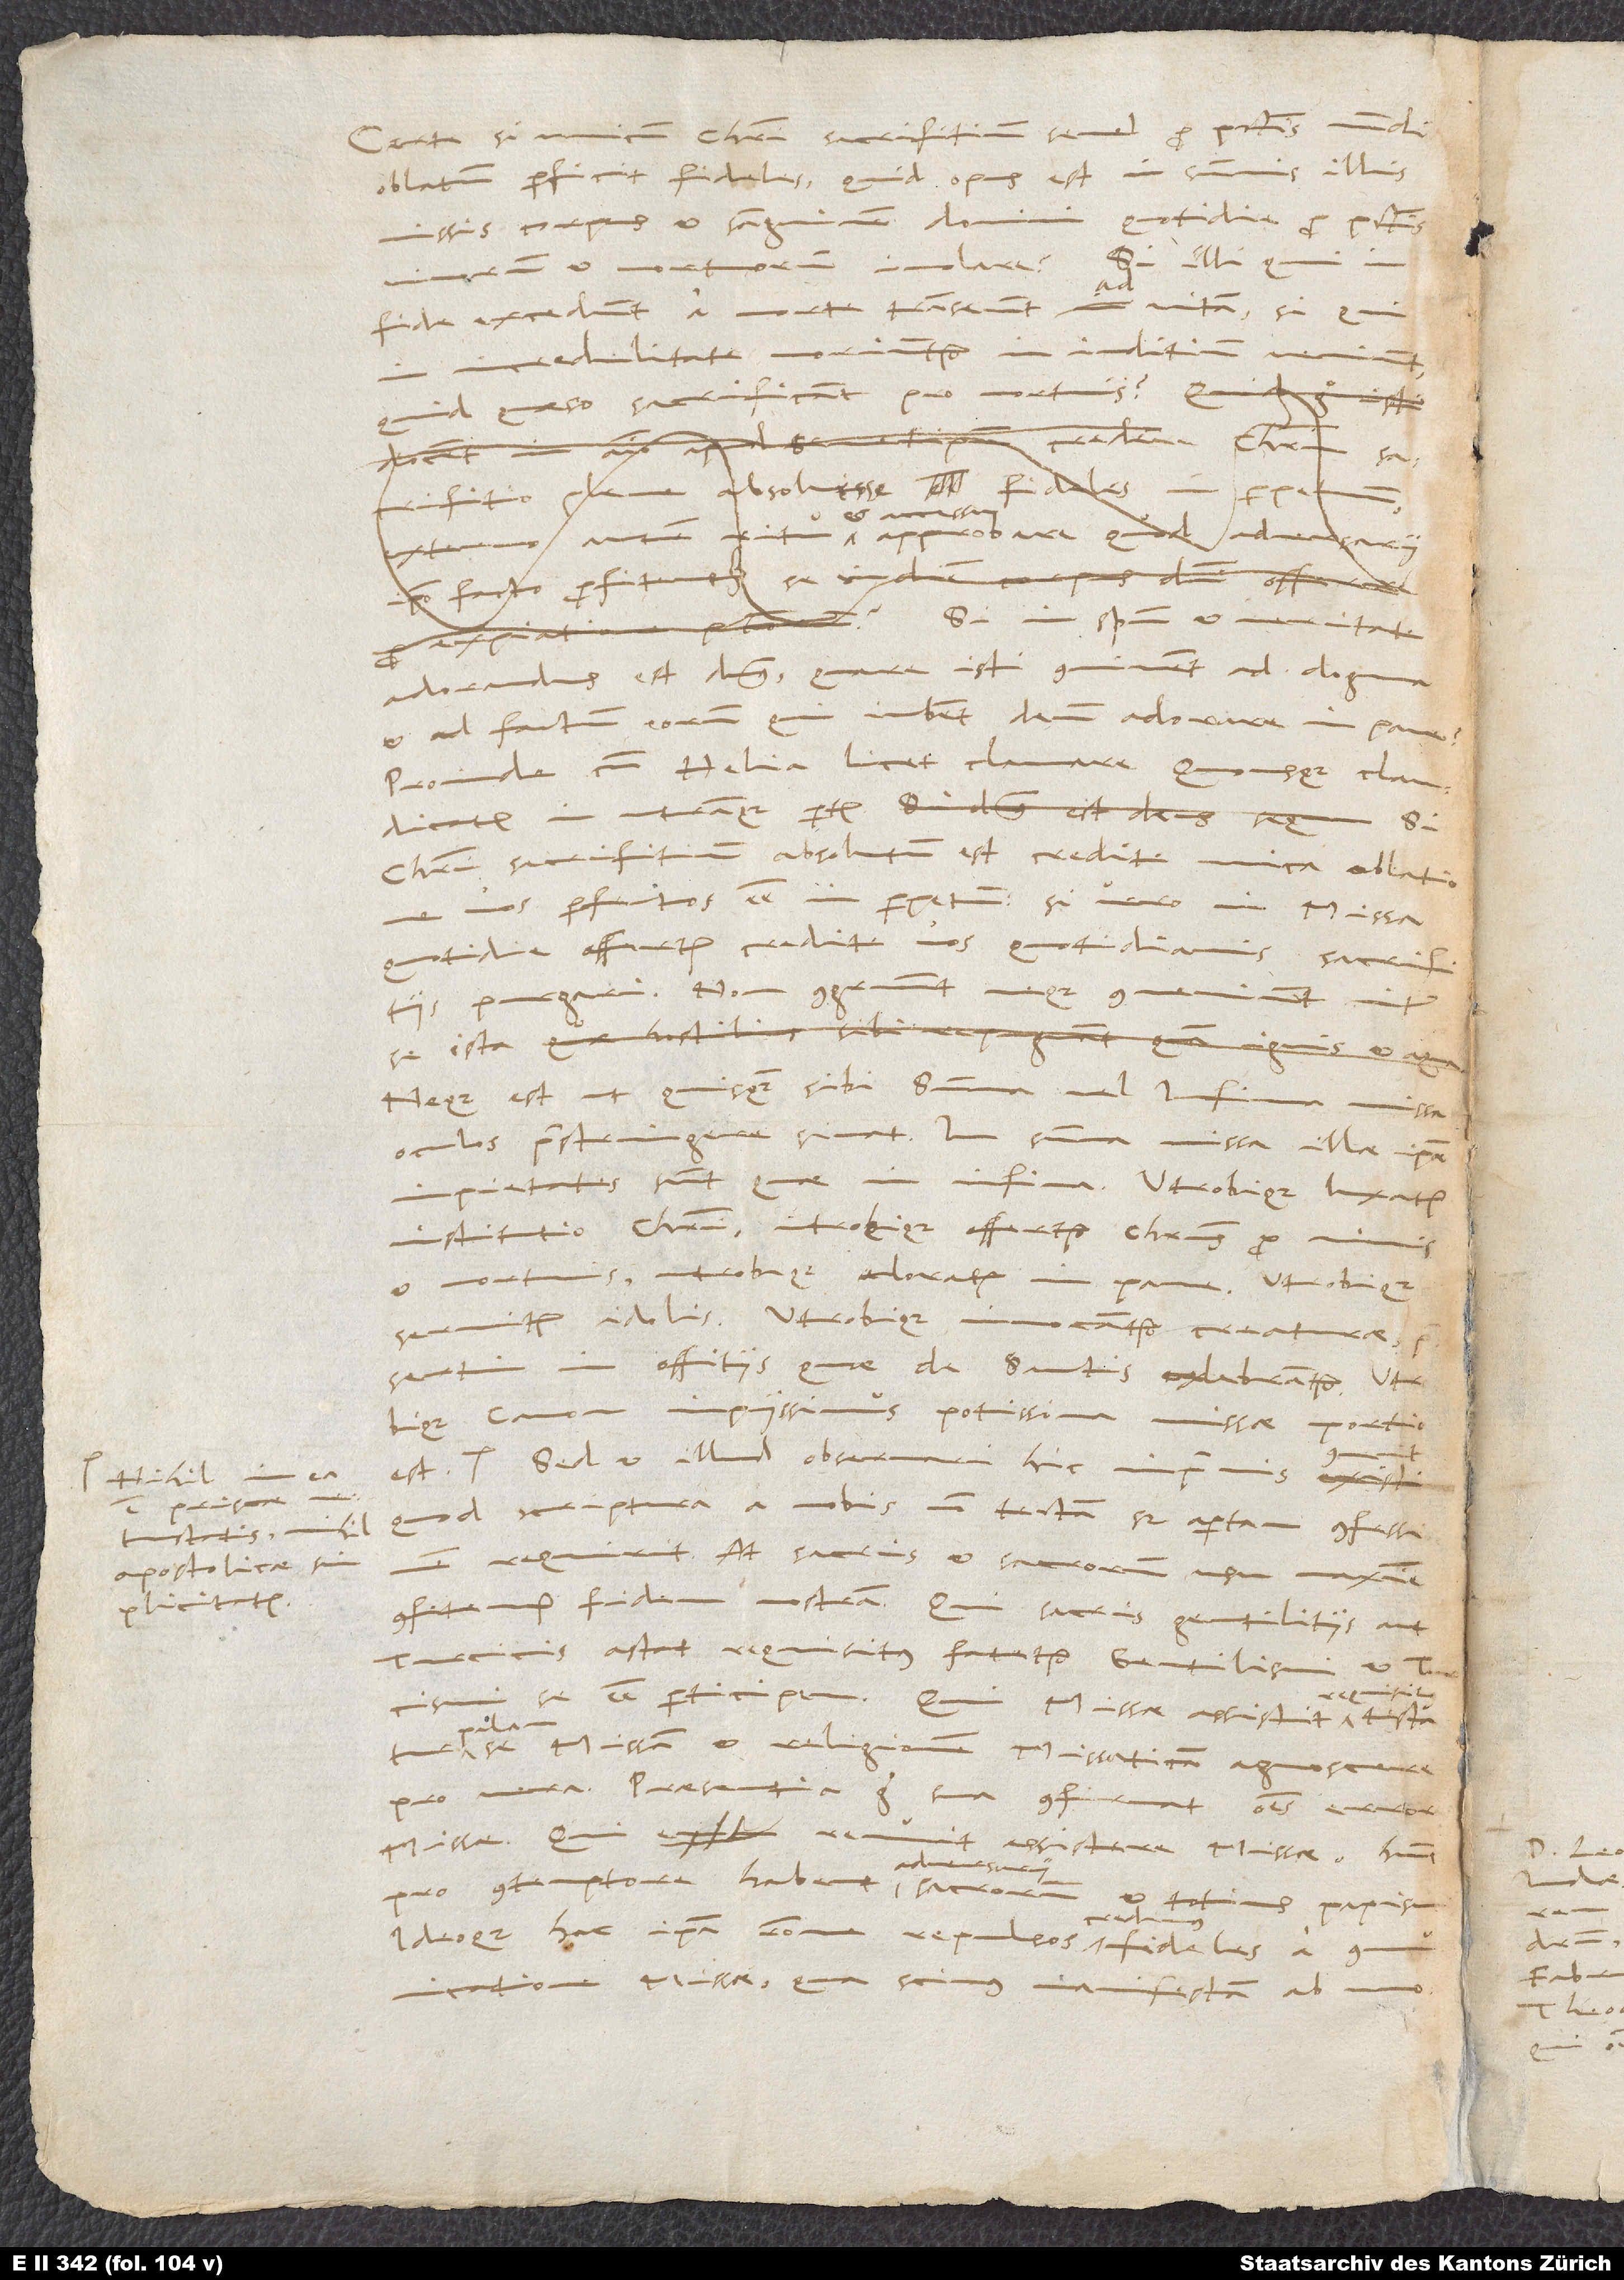
Nihil in ea
vetustatis, nihil
apostolicae
simplicitatis.

Certe si unicum Christi sacrifitium semel pro peccatis mundi
oblatum perficit fideles, quid opus est in summis illis
missis corpus et sanguinem domini quotidie pro peccatis
vivorum et mortuorum imolare? Si illi, qui
fide excedunt, a morte transeunt ad vitam, si, qui
moriuntur, in iuditium veniunt,
incredulitate
quid, quaeso, sacrificant pro mortuis?
Si in spiritu et veritate
adorandus est dominus, quare isti connivent ad dogma
et ad factum eorum, qui iubent deum adorare in pane?
Proinde cum Helia licet clamare: „Quousque claudicatis
Christi sacrifitium absolutum est, credite unica oblatione
vos perfectos esse in perpetuum, si vero in missa
quotidie offertur, credite vos quotidianis sacrificiis
purgari.“ Non congruunt neque conveniunt inter
neque est, ut quisquam sibi summa vel infima missa
oculos perstringere sinat. In summa missa illae ipsae
impietates sunt, quae in infima; utrobique luxatur
institutio Christi, utrobique offertur Christus pro vivis
et mortuis, utrobique adoratur in pane, utrobique
servitur idolis, utrobique invocantur creaturae,
praesertim in offitiis, quae de sanctis celebrantur, utrobique
canon impiissimus potissima missae portio
Sed et illud observari hic inprimis
quod scriptura a nobis non tectam, sed apertam confessionem
requirit. At sacris et sacrorum usu maxime
confitemur fidem nostram. Qui sacris gentilitiis aut
Turcicis astat requisitus, fatetur gentilismi et Turcismi
requisitus,
se esse participem. Qui missae assistit
se missam et religionem missaticam agnoscere
pro vera. Praesentia ergo sua confirmat omnes errores
missae. Qui renuit assistere missae, hunc
adversarii
Ideoque hac ipsa ratione repulsos credamus fideles a
communicatione missae, qua scimus manifestam ab uno